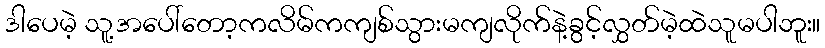
ဒါပေမဲ့ သူ့အပေါ်တော့ကလိမ်ကကျစ်သွားမကျလိုက်နဲ့ခွင့်လွှတ်မဲ့ထဲသူမပါဘူး။